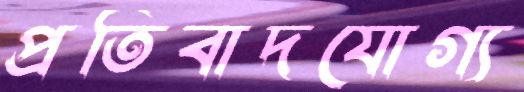
প্রতিবাদযোগ্য